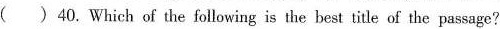
()40.Which of the following is the best title of the passage?